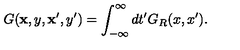
G ( { \bf x } , y , { \bf x } ^ { \prime } , y ^ { \prime } ) = \int _ { - \infty } ^ { \infty } d t ^ { \prime } G _ { R } ( x , x ^ { \prime } ) .